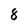
Character: 8